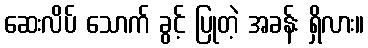
ဆေးလိပ် သောက် ခွင့် ပြုတဲ့ အခန်း ရှိလား။